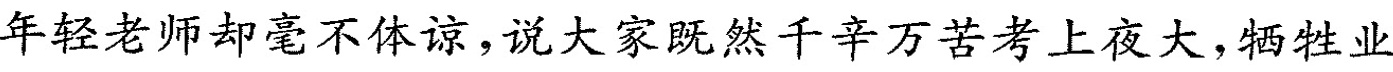
年轻老师却毫不体谅，说大家既然千辛万苦考上夜大，牺牲业